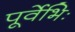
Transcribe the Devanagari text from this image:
पूर्वेभिः